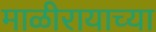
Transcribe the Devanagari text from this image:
माळीरायाच्या